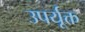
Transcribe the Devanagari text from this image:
उपर्यूक्त